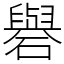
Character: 礜